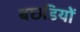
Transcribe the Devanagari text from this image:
बछडियों